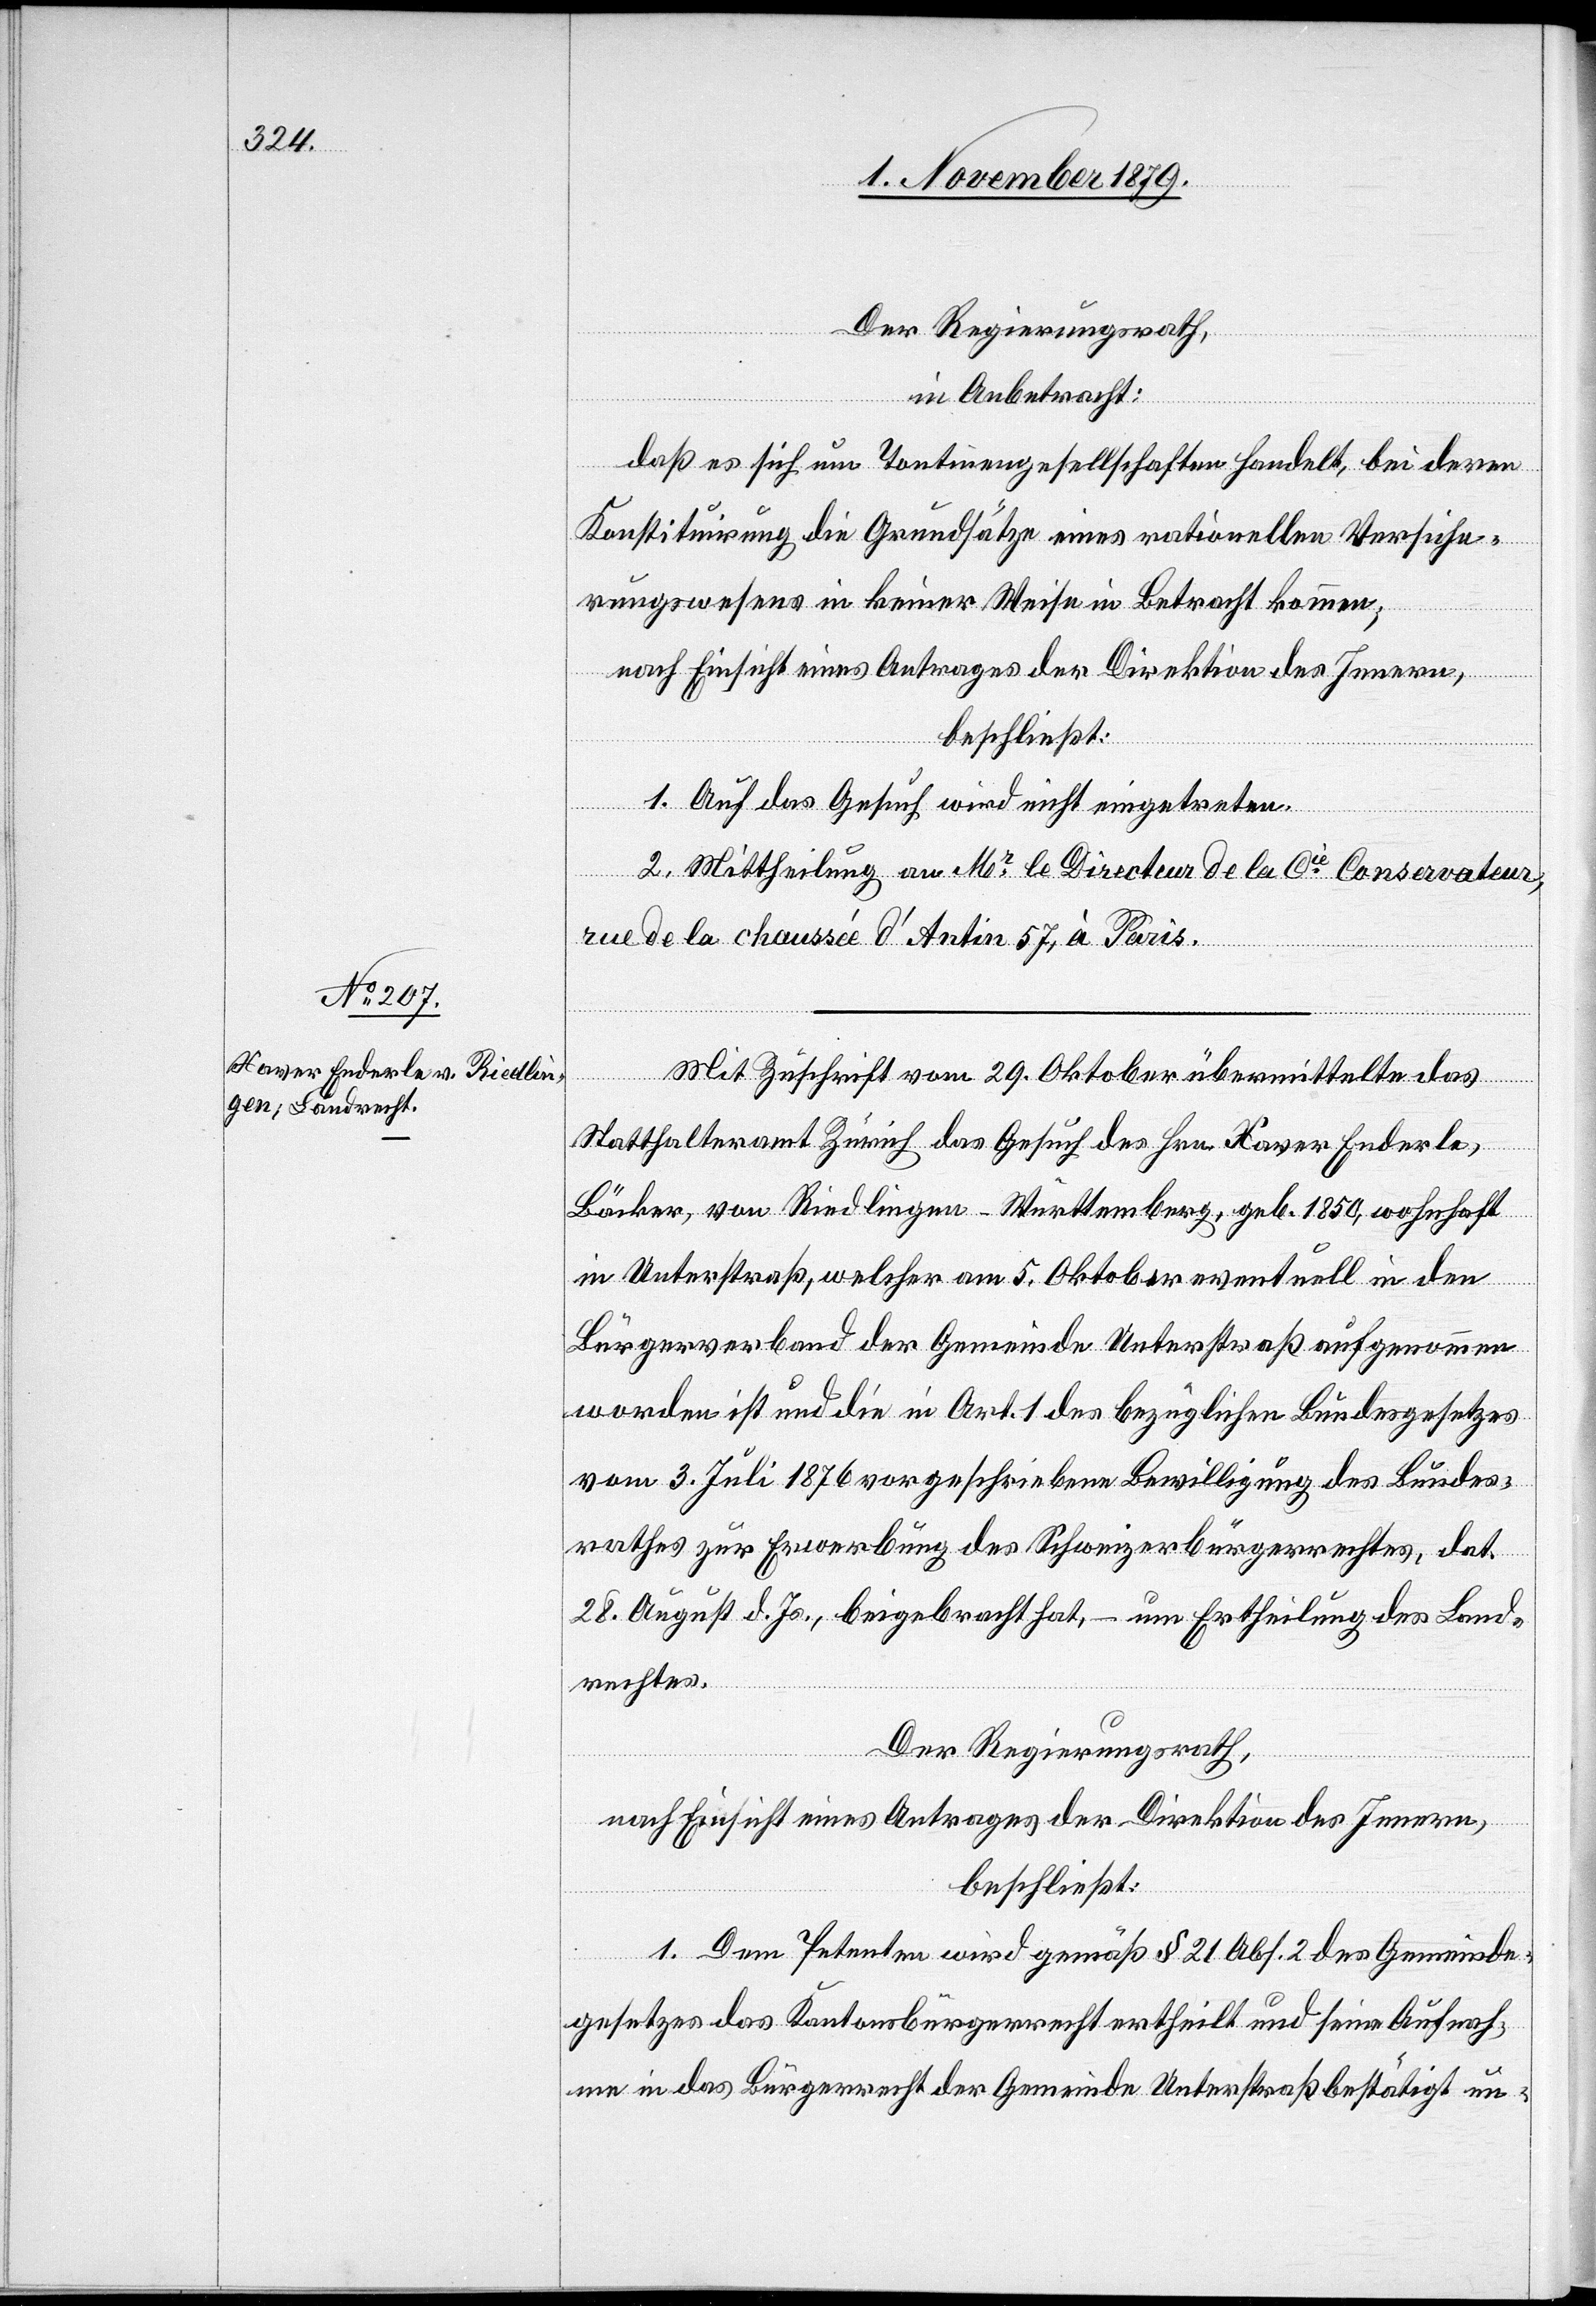
Der Regierungsrath,
in Anbetracht:
daß es sich um Tontinengesellschaften handelt, bei deren
Konstituirung die Grundsätze eines rationellen Versiche¬
rungswesens in keiner Weise in Betracht kommen;
nach Einsicht eines Antrages der Direktion des Innern,
beschließt:
1. Auf das Gesuch wird nicht eingegangen.
2. Mittheilung an Mr. le Directeur de la Cie Conservateur,
rue de la chaussé d’Antin 57, à Paris.
Mit Zuschrift vom 29. Oktober übermittelte das
Statthalteramt Zürich das Gesuch des Hrn. Xaver Enderle,
Bäcker, von Riedlingen - Württemberg, geb. 1850, wohnhaft
in Unterstraß, welcher am 5. Oktober eventuell in den
Bürgerverband der Gemeinde Unterstraß aufgenommen
worden ist und die in Art. 1 des bezüglichen Bundesgesetzes
vom 3. Juli 1876 vorgeschriebene Bewilligung des Bundes¬
rathes zur Erwerbung des Schweizerbürgerrechtes, dat.
28. August d. Js., beigebracht hat, – um Ertheilung des Land¬
rechtes.
Der Regierungsrath,
nach Einsicht eines Antrages der Direktion des Innern,
beschließt:
1. Dem Petenten wird gemäß § 21 Abs. 2 des Gemeinde¬
gesetzes das Kantonsbürgerrecht ertheilt und seine Aufnah¬
me in das Bürgerrecht der Gemeinde Unterstraß bestätigt un-